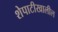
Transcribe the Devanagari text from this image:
शेपाटीखालील